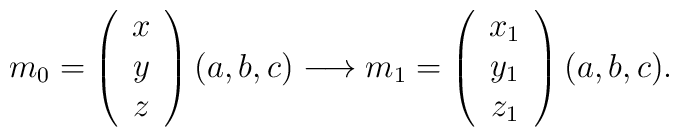
m_0 = \left( \begin{array}{c} x \\ y \\ z \end{array} \right)   (a, b, c) \longrightarrow  m_1 = \left( \begin{array}{c}   x_1 \\ y_1 \\ z_1 \end{array} \right) (a, b, c).